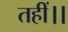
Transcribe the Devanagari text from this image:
तहीं।।